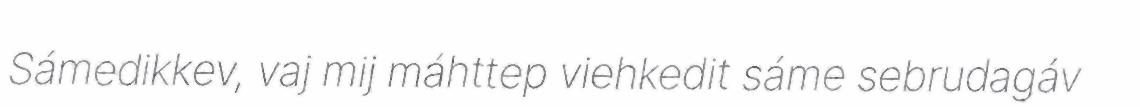
Sámedikkev, vaj mij máhttep viehkedit sáme sebrudagáv